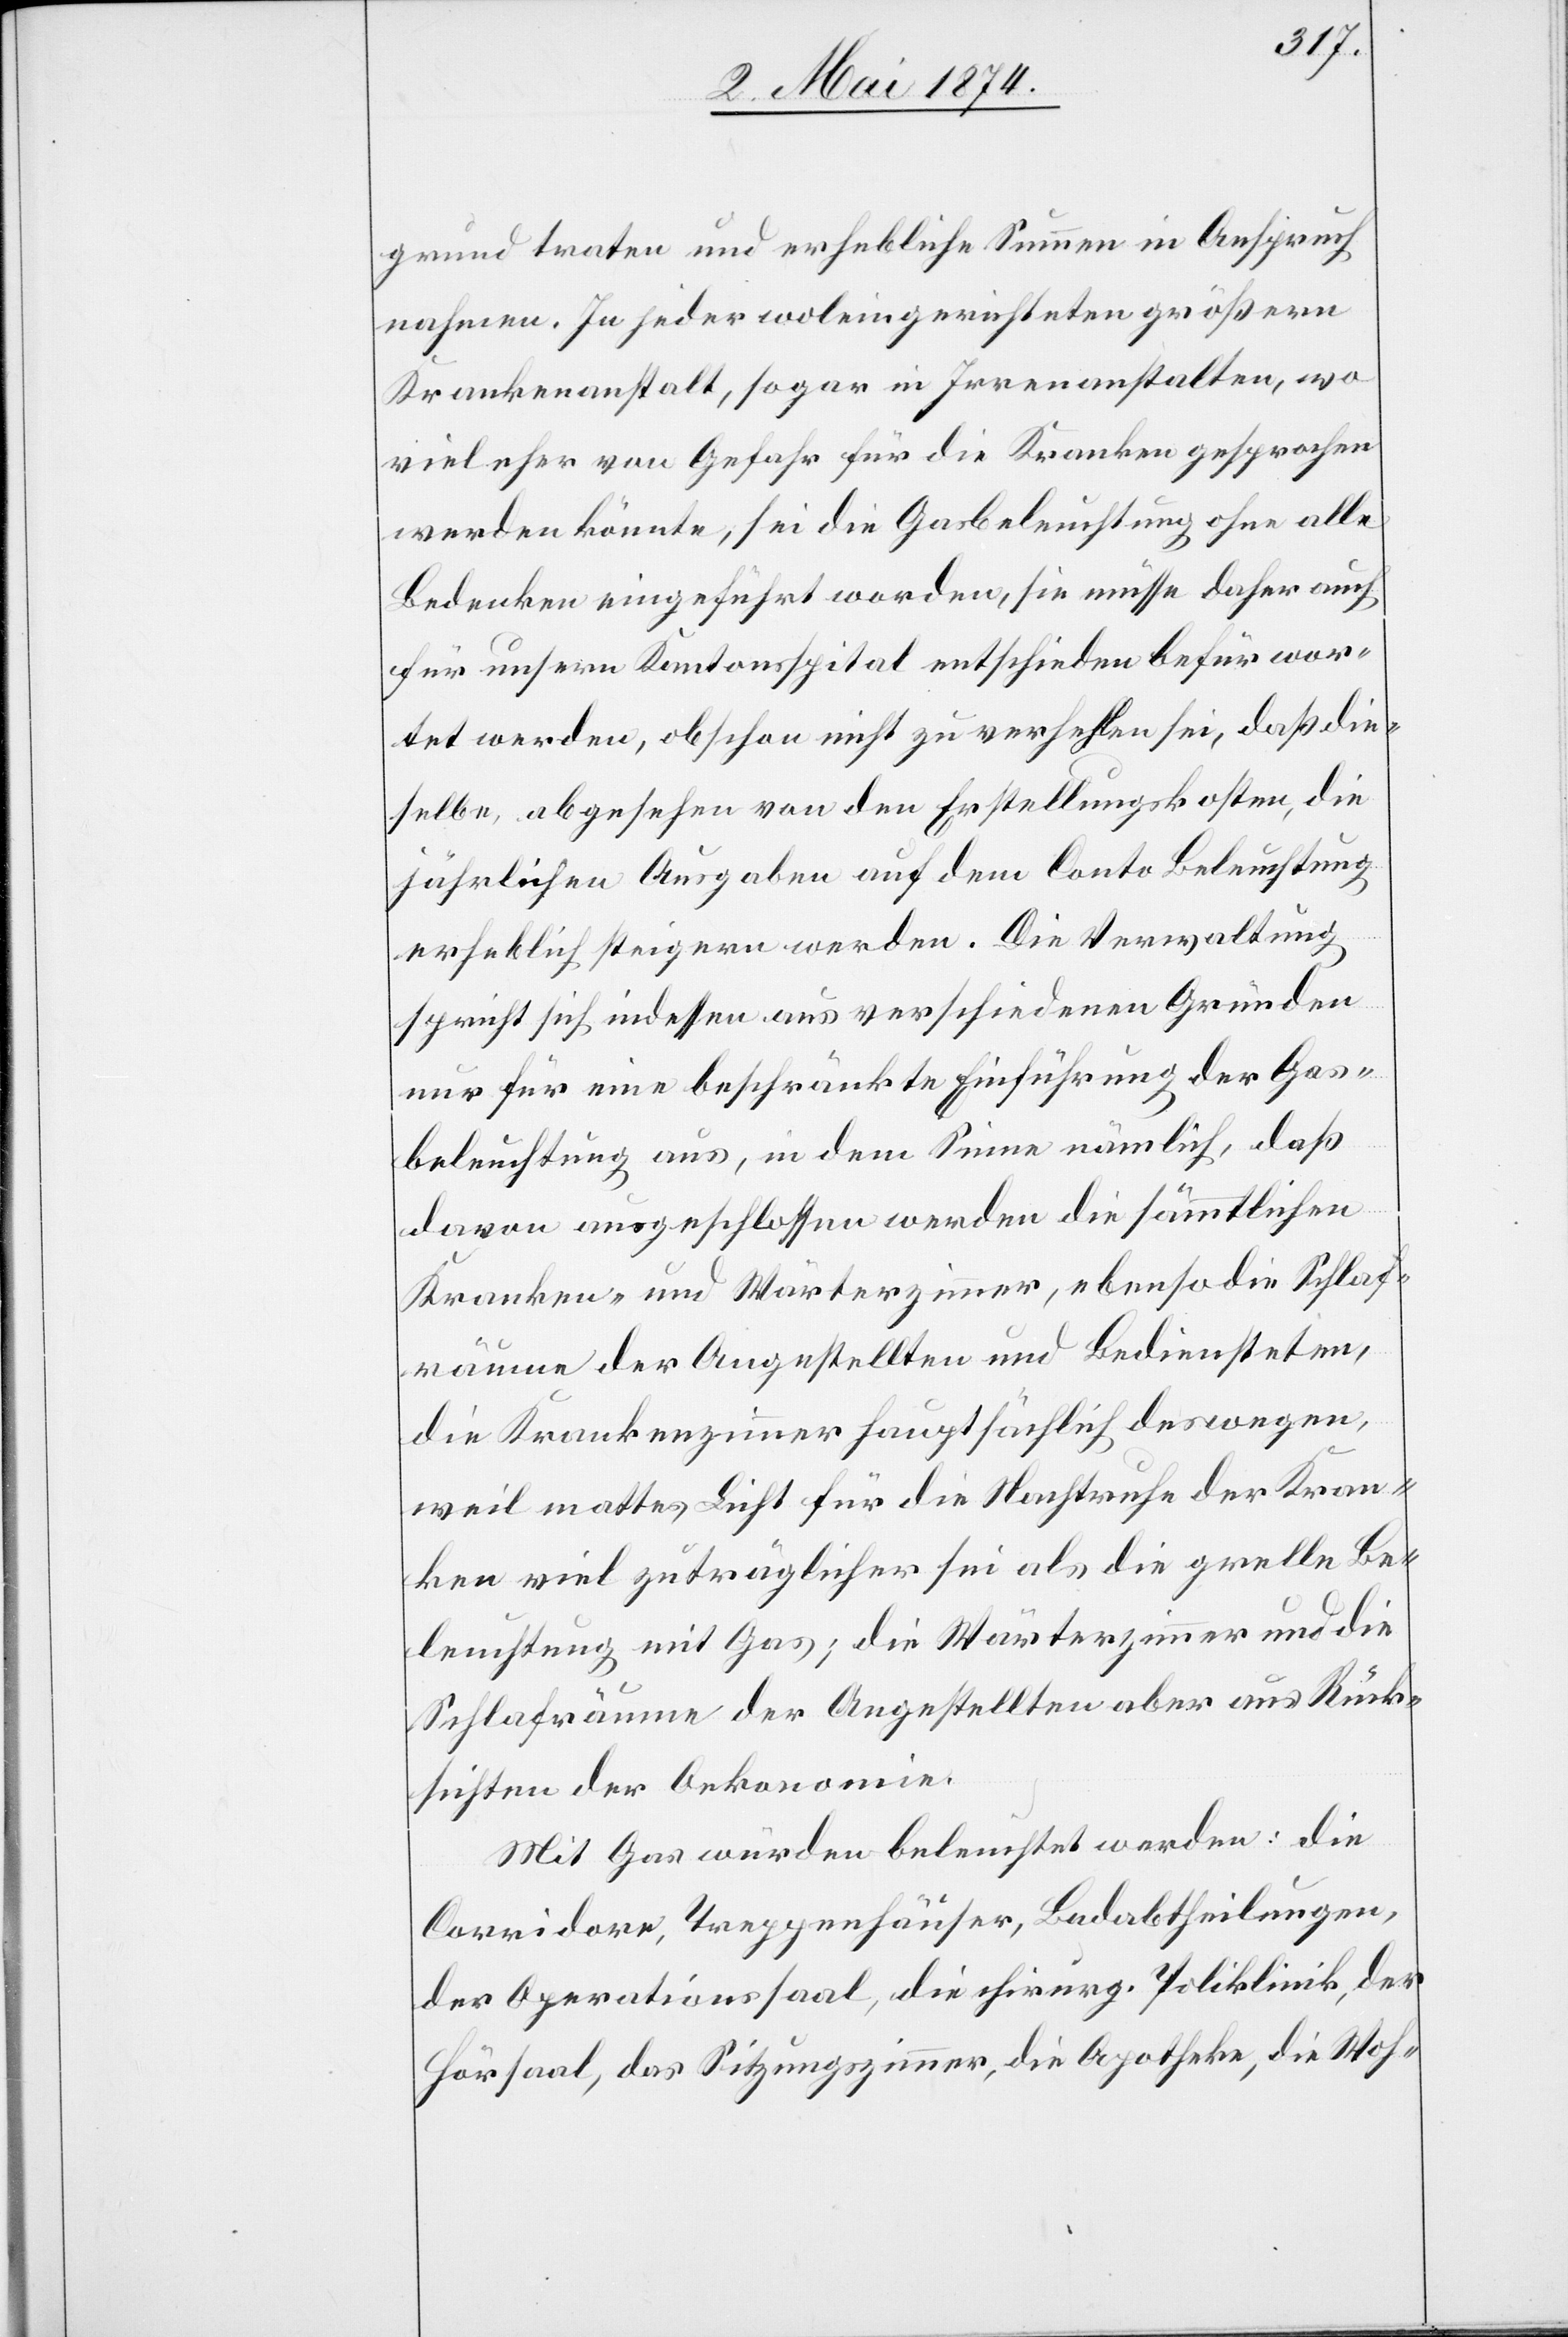
grund traten und erhebliche Summen in Anspruch
nahmen. In jeder woleingerichteten größern
Krankenanstalt, sogar in Irrenanstalten, wo
viel eher von Gefahr für die Kranken gesprochen
werden könnte, sei die Gasbeleuchtung ohne alle
Bedenken eingeführt worden, sie müsse daher auch
für unsern Kantonsspital entschieden befürwor¬
tet werden, obschon nicht zu verhehlen sei, daß die¬
selbe, abgesehen von den Erstellungskosten, die
jährlichen Ausgaben auf dem Conto Beleuchtung
erheblich steigern werden. Die Verwaltung
spricht sich indessen aus verschiedenen Gründen
nur für eine beschränkte Einführung der Gas¬
beleuchtung aus, in dem Sinne nämlich, daß
davon ausgeschlossen werden die sämmtlichen
Kranken- und Wärterzimmer, ebenso die Schlaf¬
räume der Angestellten und Bediensteten,
die Krankenzimmer hauptsächlich deswegen,
weil mattes Licht für die Nachtruhe der Kran¬
ken viel zuträglicher sei als die grelle Be¬
leuchtung mit Gas; die Wärterzimmer und die
Schlafräume der angestellten aber aus Rück¬
sichten der Oekonomie.
Mit Gas würden beleuchtet werden: die
Corridore, Treppenhäuser, Badabtheilungen,
der Operationssaal, die chirurg. Poliklinik, der
Hörsaal, das Sitzungszimmer, die Apotheke, die Woh-